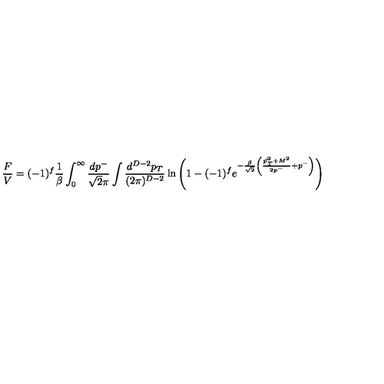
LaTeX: \frac { F } { V } = ( - 1 ) ^ { f } \frac { 1 } { \beta } \int _ { 0 } ^ { \infty } \frac { d p ^ { - } } { \sqrt { 2 } \pi } \int \frac { d ^ { D - 2 } p _ { T } } { ( 2 \pi ) ^ { D - 2 } } \ln \left( 1 - ( - 1 ) ^ { f } e ^ { - \frac { \beta } { \sqrt { 2 } } \left( \frac { { \vec { p } _ { T } } ^ { 2 } + M ^ { 2 } } { 2 p ^ { - } } + p ^ { - } \right) } \right)